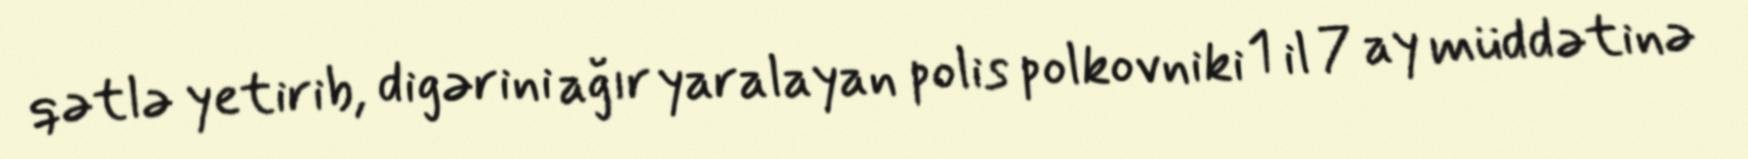
qətlə yetirib, digərini ağır yaralayan polis polkovniki 1 il 7 ay müddətinə